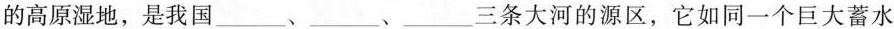
的高原湿地，是我国___、___、___三条大河的源区，它如同一个巨大蓄水